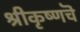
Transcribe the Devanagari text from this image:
श्रीकृष्णचॆ